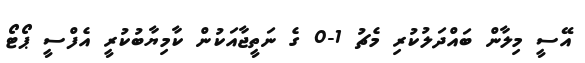
އޭސީ މިލާން ބައްދަލުކުރި މެޗު 1-0 ގެ ނަތީޖާއަކުން ކާމިޔާބުކުރީ އެފްސީ ޕޯޓޯ